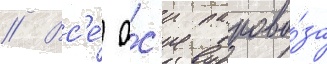
// Вс'е́ о́с'и парово́за